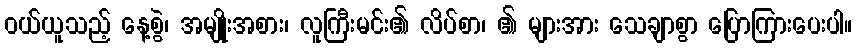
ဝယ်ယူသည့် နေ့စွဲ၊ အမျိုးအစား၊ လူကြီးမင်း၏ လိပ်စာ၊ ၏ များအား သေချာစွာ ပြောကြားပေးပါ။